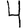
Digit: 4